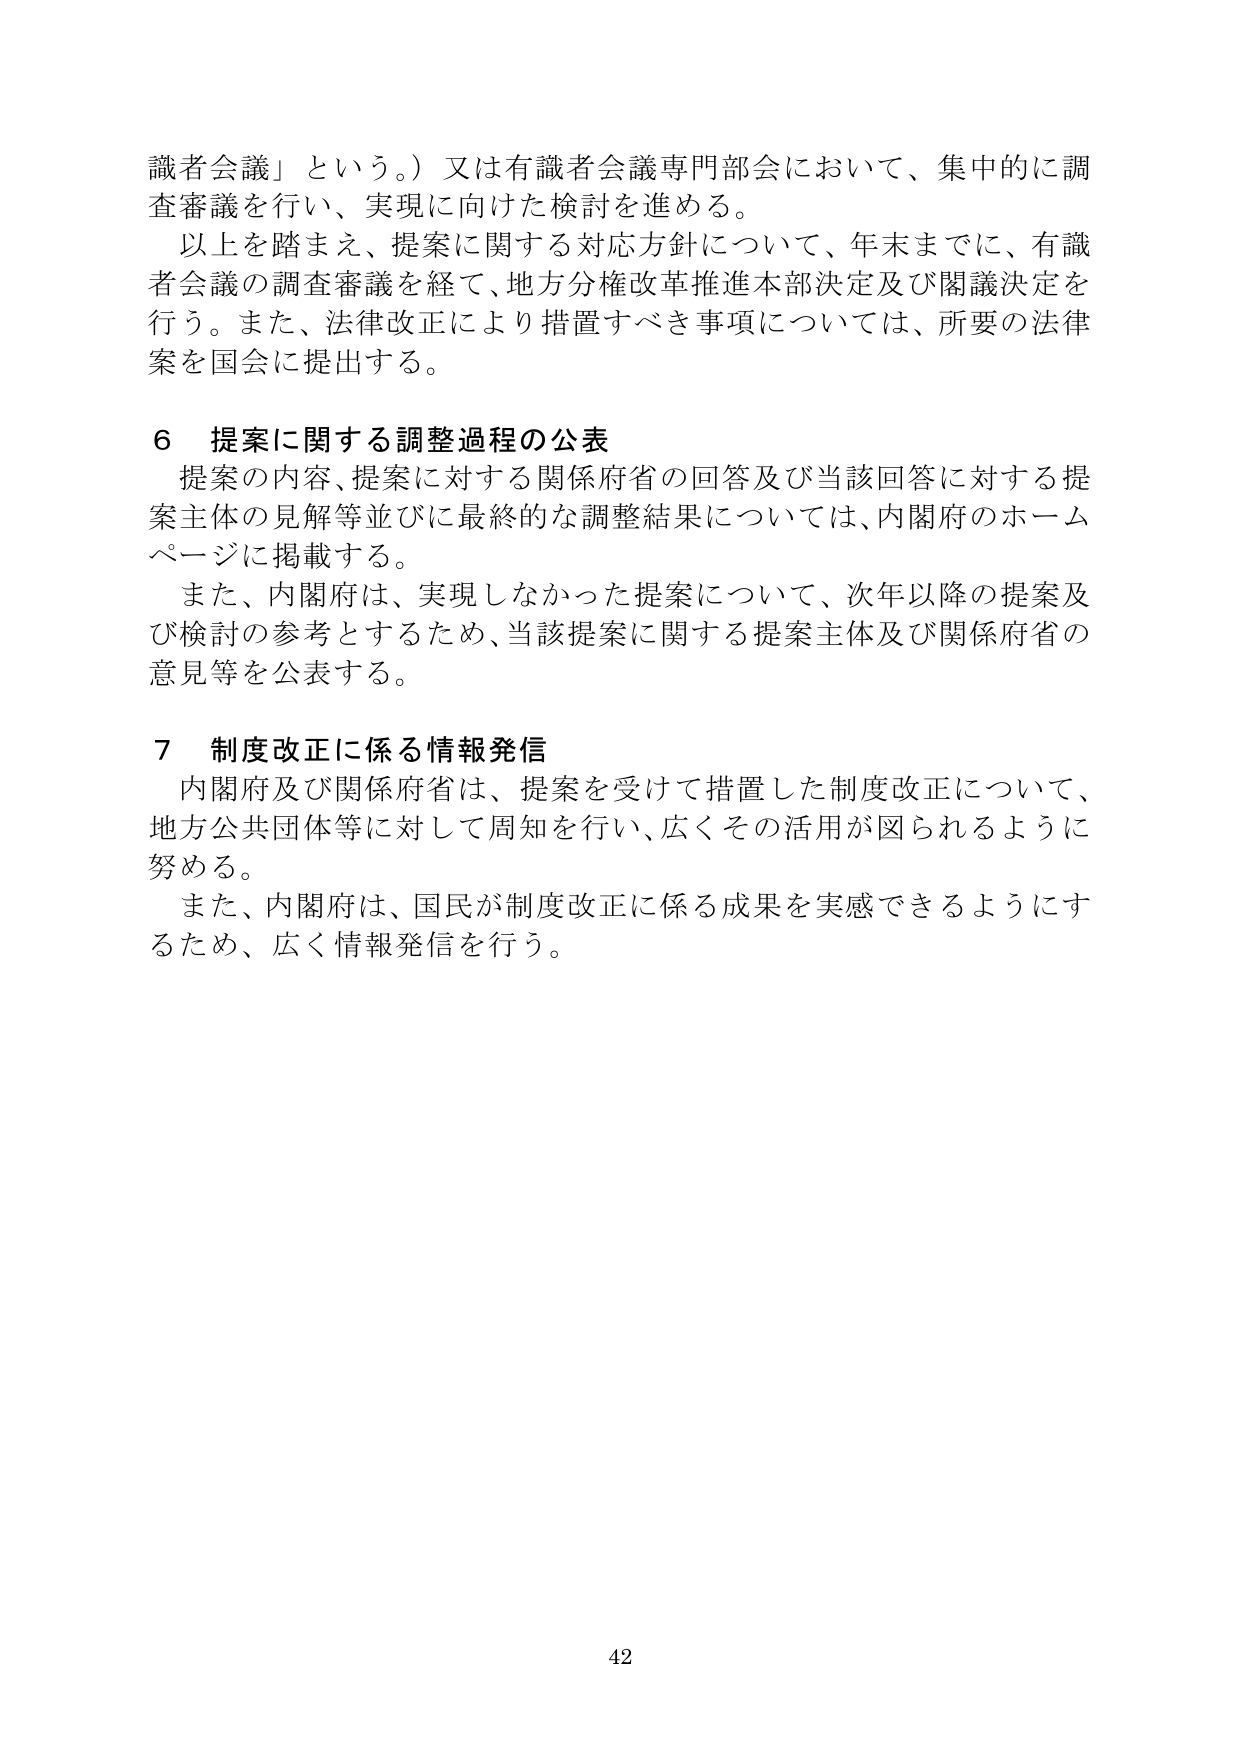
識者会議」という。）又は有識者会議専門部会において、集中的に調査審議を行い、実現に向けた検討を進める。
以上を踏まえ、提案に関する対応方針について、年末までに、有識者会議の調査審議を経て、地方分権改革推進本部決定及び閣議決定を行う。また、法律改正により措置すべき事項については、所要の法律案を国会に提出する。

６ 提案に関する調整過程の公表
提案の内容、提案に対する関係府省の回答及び当該回答に対する提案主体の見解等並びに最終的な調整結果については、内閣府のホームページに掲載する。
また、内閣府は、実現しなかった提案について、次年以降の提案及び検討の参考とするため、当該提案に関する提案主体及び関係府省の意見等を公表する。

７ 制度改正に係る情報発信
内閣府及び関係府省は、提案を受けて措置した制度改正について、地方公共団体等に対して周知を行い、広くその活用が図られるように努める。
また、内閣府は、国民が制度改正に係る成果を実感できるようにするため、広く情報発信を行う。

42